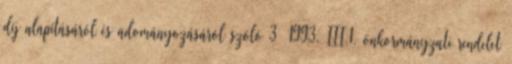
díj alapításáról és adományozásáról szóló 3 1993. III.1. önkormányzati rendelet